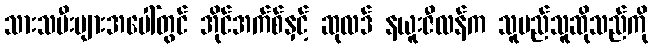
သားသမီးများအပေါ်တွင် အိုင်အက်စ်နှင့် ဆုလဒ် နယူးဇီလန်က သူမည်သူဆိုသည်ကို